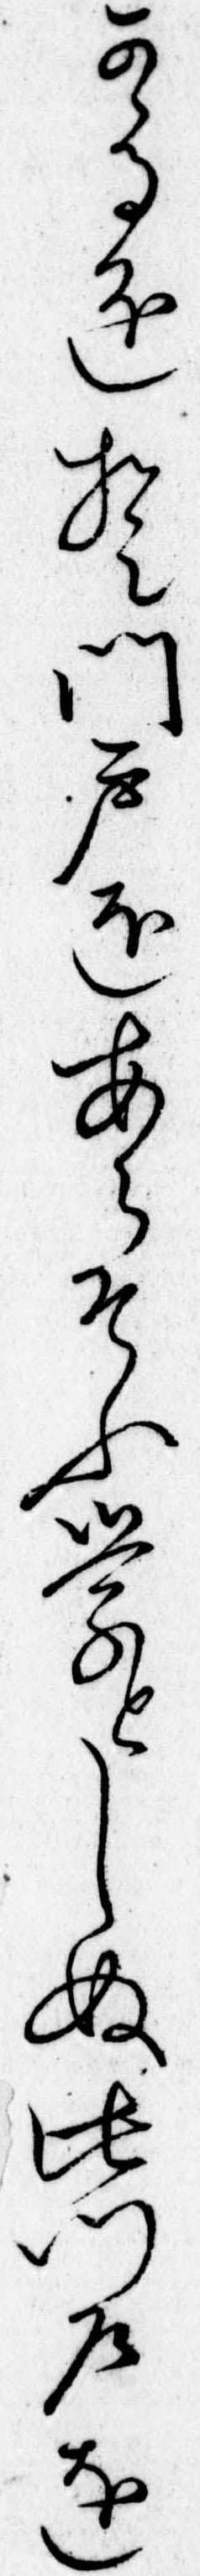
かゝるをそ門戸をあらそふ学としぬ此門戸を